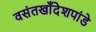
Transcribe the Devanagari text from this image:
वसंतखाँदेशपांडे